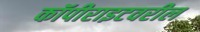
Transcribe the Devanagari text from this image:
कॉपीराइटवरील